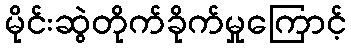
မိုင်းဆွဲတိုက်ခိုက်မှုကြောင့်